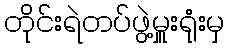
တိုင်းရဲတပ်ဖွဲ့မှူးရုံးမှ